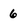
Character: 6